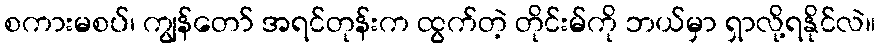
စကားမစပ်၊ ကျွန်တော် အရင်တုန်းက ထွက်တဲ့ တိုင်းမ်ကို ဘယ်မှာ ရှာလို့ရနိုင်လဲ။